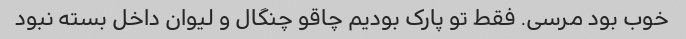
خوب بود مرسی. فقط تو پارک بودیم چاقو چنگال و لیوان داخل بسته نبود